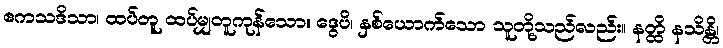
ဧကသဒိသာ၊ ထပ်တူ ထပ်မျှတူကုန်သော။ ဒွေပိ၊ နှစ်ယောက်သော သူတို့သည်လည်း။ နတ္ထိ နသိန္တိ၊